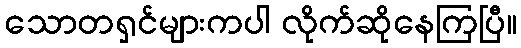
သောတရှင်များကပါ လိုက်ဆိုနေကြပြီ။